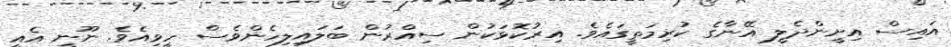
އައިސް އިށީންދެލީ އޭނާގެ ކުރިމަތީގައެވެ. އިރުކޮޅަކުން ސިއްރުން ބަލައިލިހެންވެސް ހީވިއެވެ. ނޫނީ އެއީ